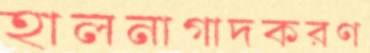
হালনাগাদকরণ